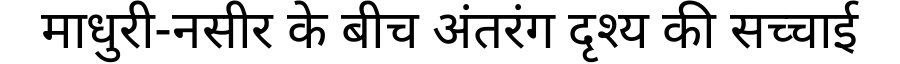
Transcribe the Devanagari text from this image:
माधुरी-नसीर के बीच अंतरंग दृश्य की सच्चाई